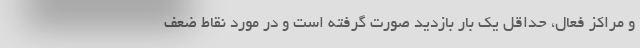
و مراکز فعال، حداقل یک بار بازدید صورت گرفته ‌است و در مورد نقاط ضعف